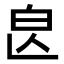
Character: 𣌣